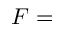
F =